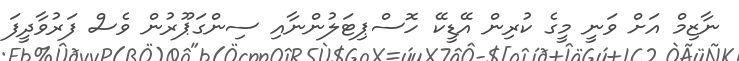
ނާޒިމް އަށް ވަނީ މީގެ ކުރިން އޭޑީކޭ ހޮސްޕިޓަލުންނާއި ސިންގަޕޫރުން ވެސް ފަރުވާދީފަ